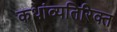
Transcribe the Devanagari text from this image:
कथांव्यतिरिक्त